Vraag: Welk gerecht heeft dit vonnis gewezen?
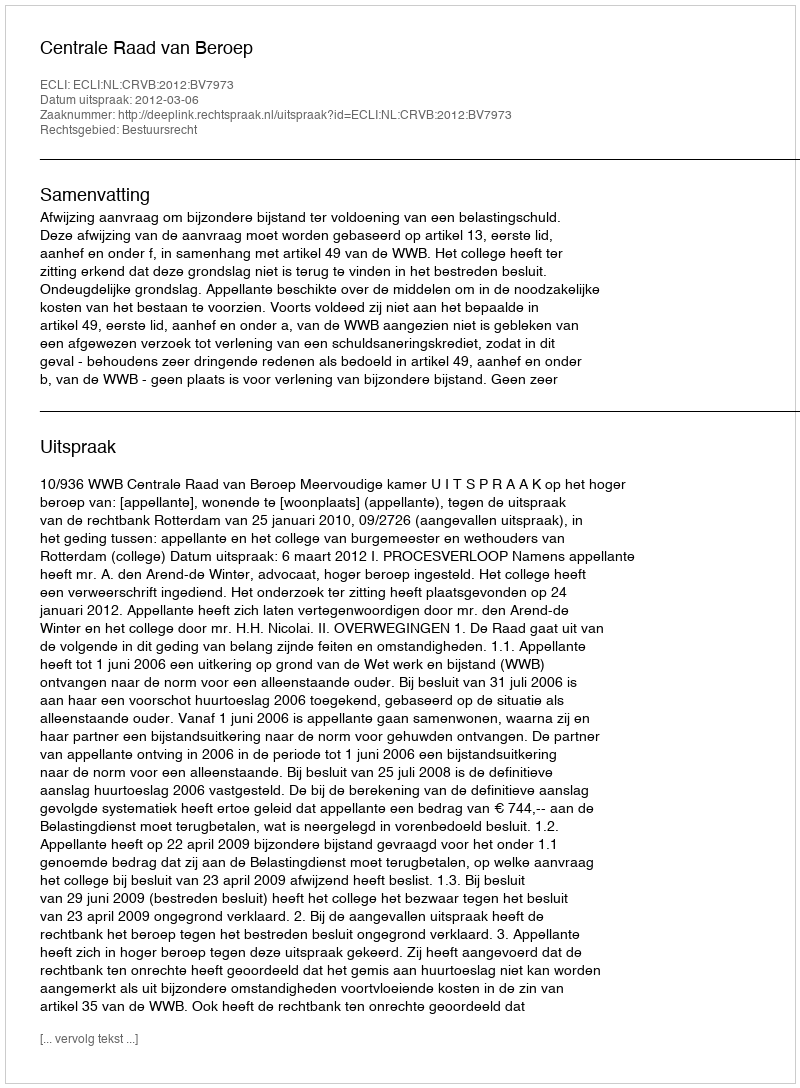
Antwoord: Centrale Raad van Beroep